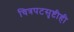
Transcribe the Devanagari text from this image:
चित्रपटसृष्टीही